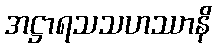
အဋ္ဌာရသသဟဿာနိ